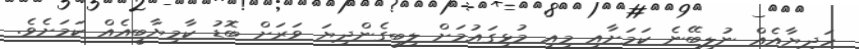
ހަދިޔާއެއް ނުލިބޭނެ ކަމަށާއި މިއީ މުޅިގައުމަށް ލިބިގެންދިޔަ ވަރަށް ބޮޑު ކާމިޔާބީއެއް ކަމަށެވެ.